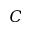
C